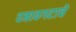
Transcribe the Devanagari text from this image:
दबावगटाचे